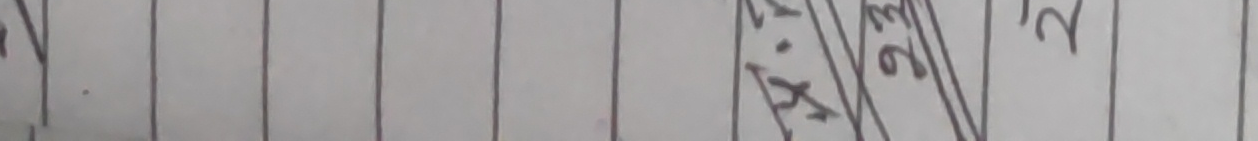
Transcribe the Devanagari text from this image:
स. १५, ९८०२